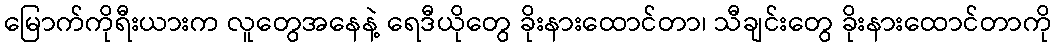
မြောက်ကိုရီးယားက လူတွေအနေနဲ့ ရေဒီယိုတွေ ခိုးနားထောင်တာ၊ သီချင်းတွေ ခိုးနားထောင်တာကို